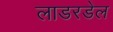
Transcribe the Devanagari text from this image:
लाडरडेल